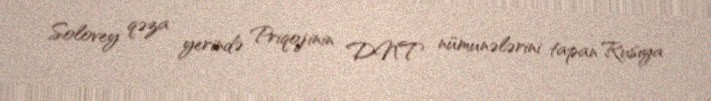
Solovey qəza yerində Priqojinin DNT nümunələrini tapan Rusiya